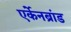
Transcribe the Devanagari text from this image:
एर्केनब्रांड